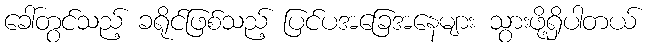
ခေါ်တွင်သည့် ခရိုင်ဖြစ်သည့် ပြင်ပအခြေအနေများ သွားဖို့ရှိပါတယ်